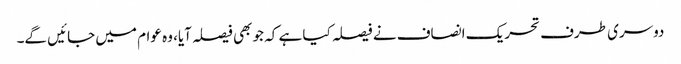
دوسری طرف تحریک انصاف نے فیصلہ کیا ہے کہ جو بھی فیصلہ آیا، وہ عوام میں جائیں گے۔